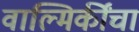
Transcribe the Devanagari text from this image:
वाल्मिकींचा